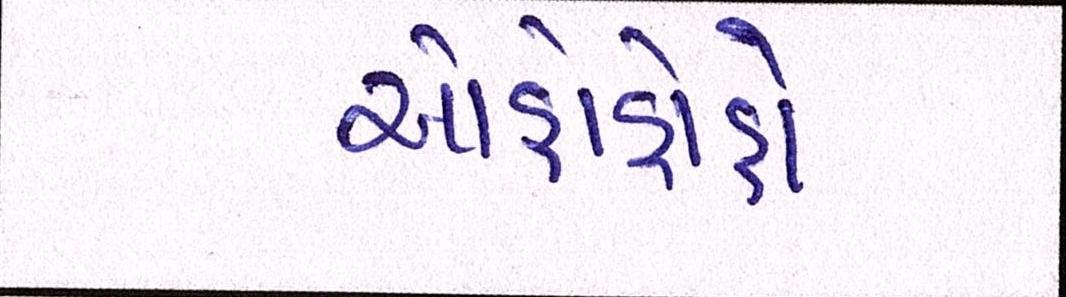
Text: ઓહોહોહો